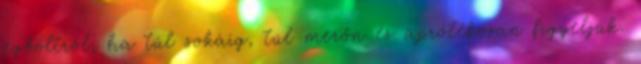
égboltról, ha túl sokáig, túl merőn és aprólékosan figyeljük.